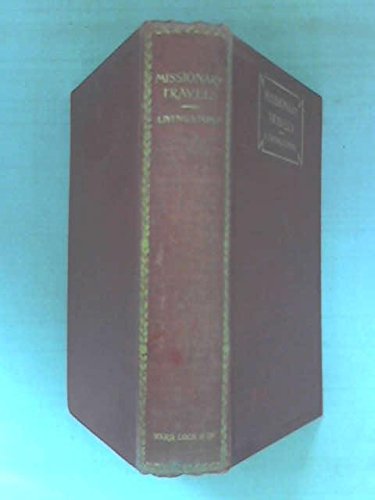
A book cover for Missionary travels and researches in South Africa: Including a sketch of sixteen years' residence in the interior of Africa, and a journey from the ... down the river Zambesi, to the eastern ocean; David Livingstone; Travel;